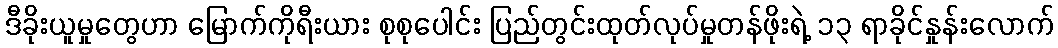
ဒီခိုးယူမှုတွေဟာ မြောက်ကိုရီးယား စုစုပေါင်း ပြည်တွင်းထုတ်လုပ်မှုတန်ဖိုးရဲ့ ၁၃ ရာခိုင်နှုန်းလောက်